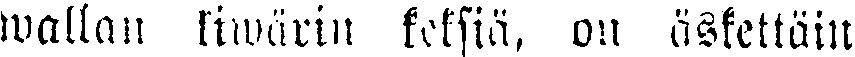
wallan kiwärin keksiä, on äskettäin